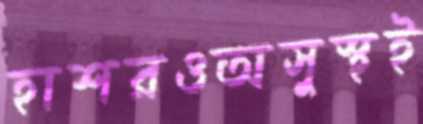
হাশরওঅসুস্থই